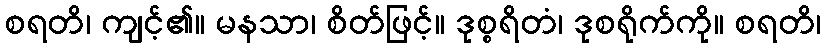
စရတိ၊ ကျင့်၏။ မနသာ၊ စိတ်ဖြင့်။ ဒုစ္စရိတံ၊ ဒုစရိုက်ကို။ စရတိ၊